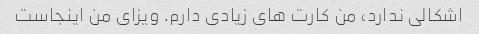
اشکالی ندارد، من کارت های زیادی دارم. ویزای من اینجاست